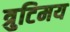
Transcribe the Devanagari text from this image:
त्रुटिमय